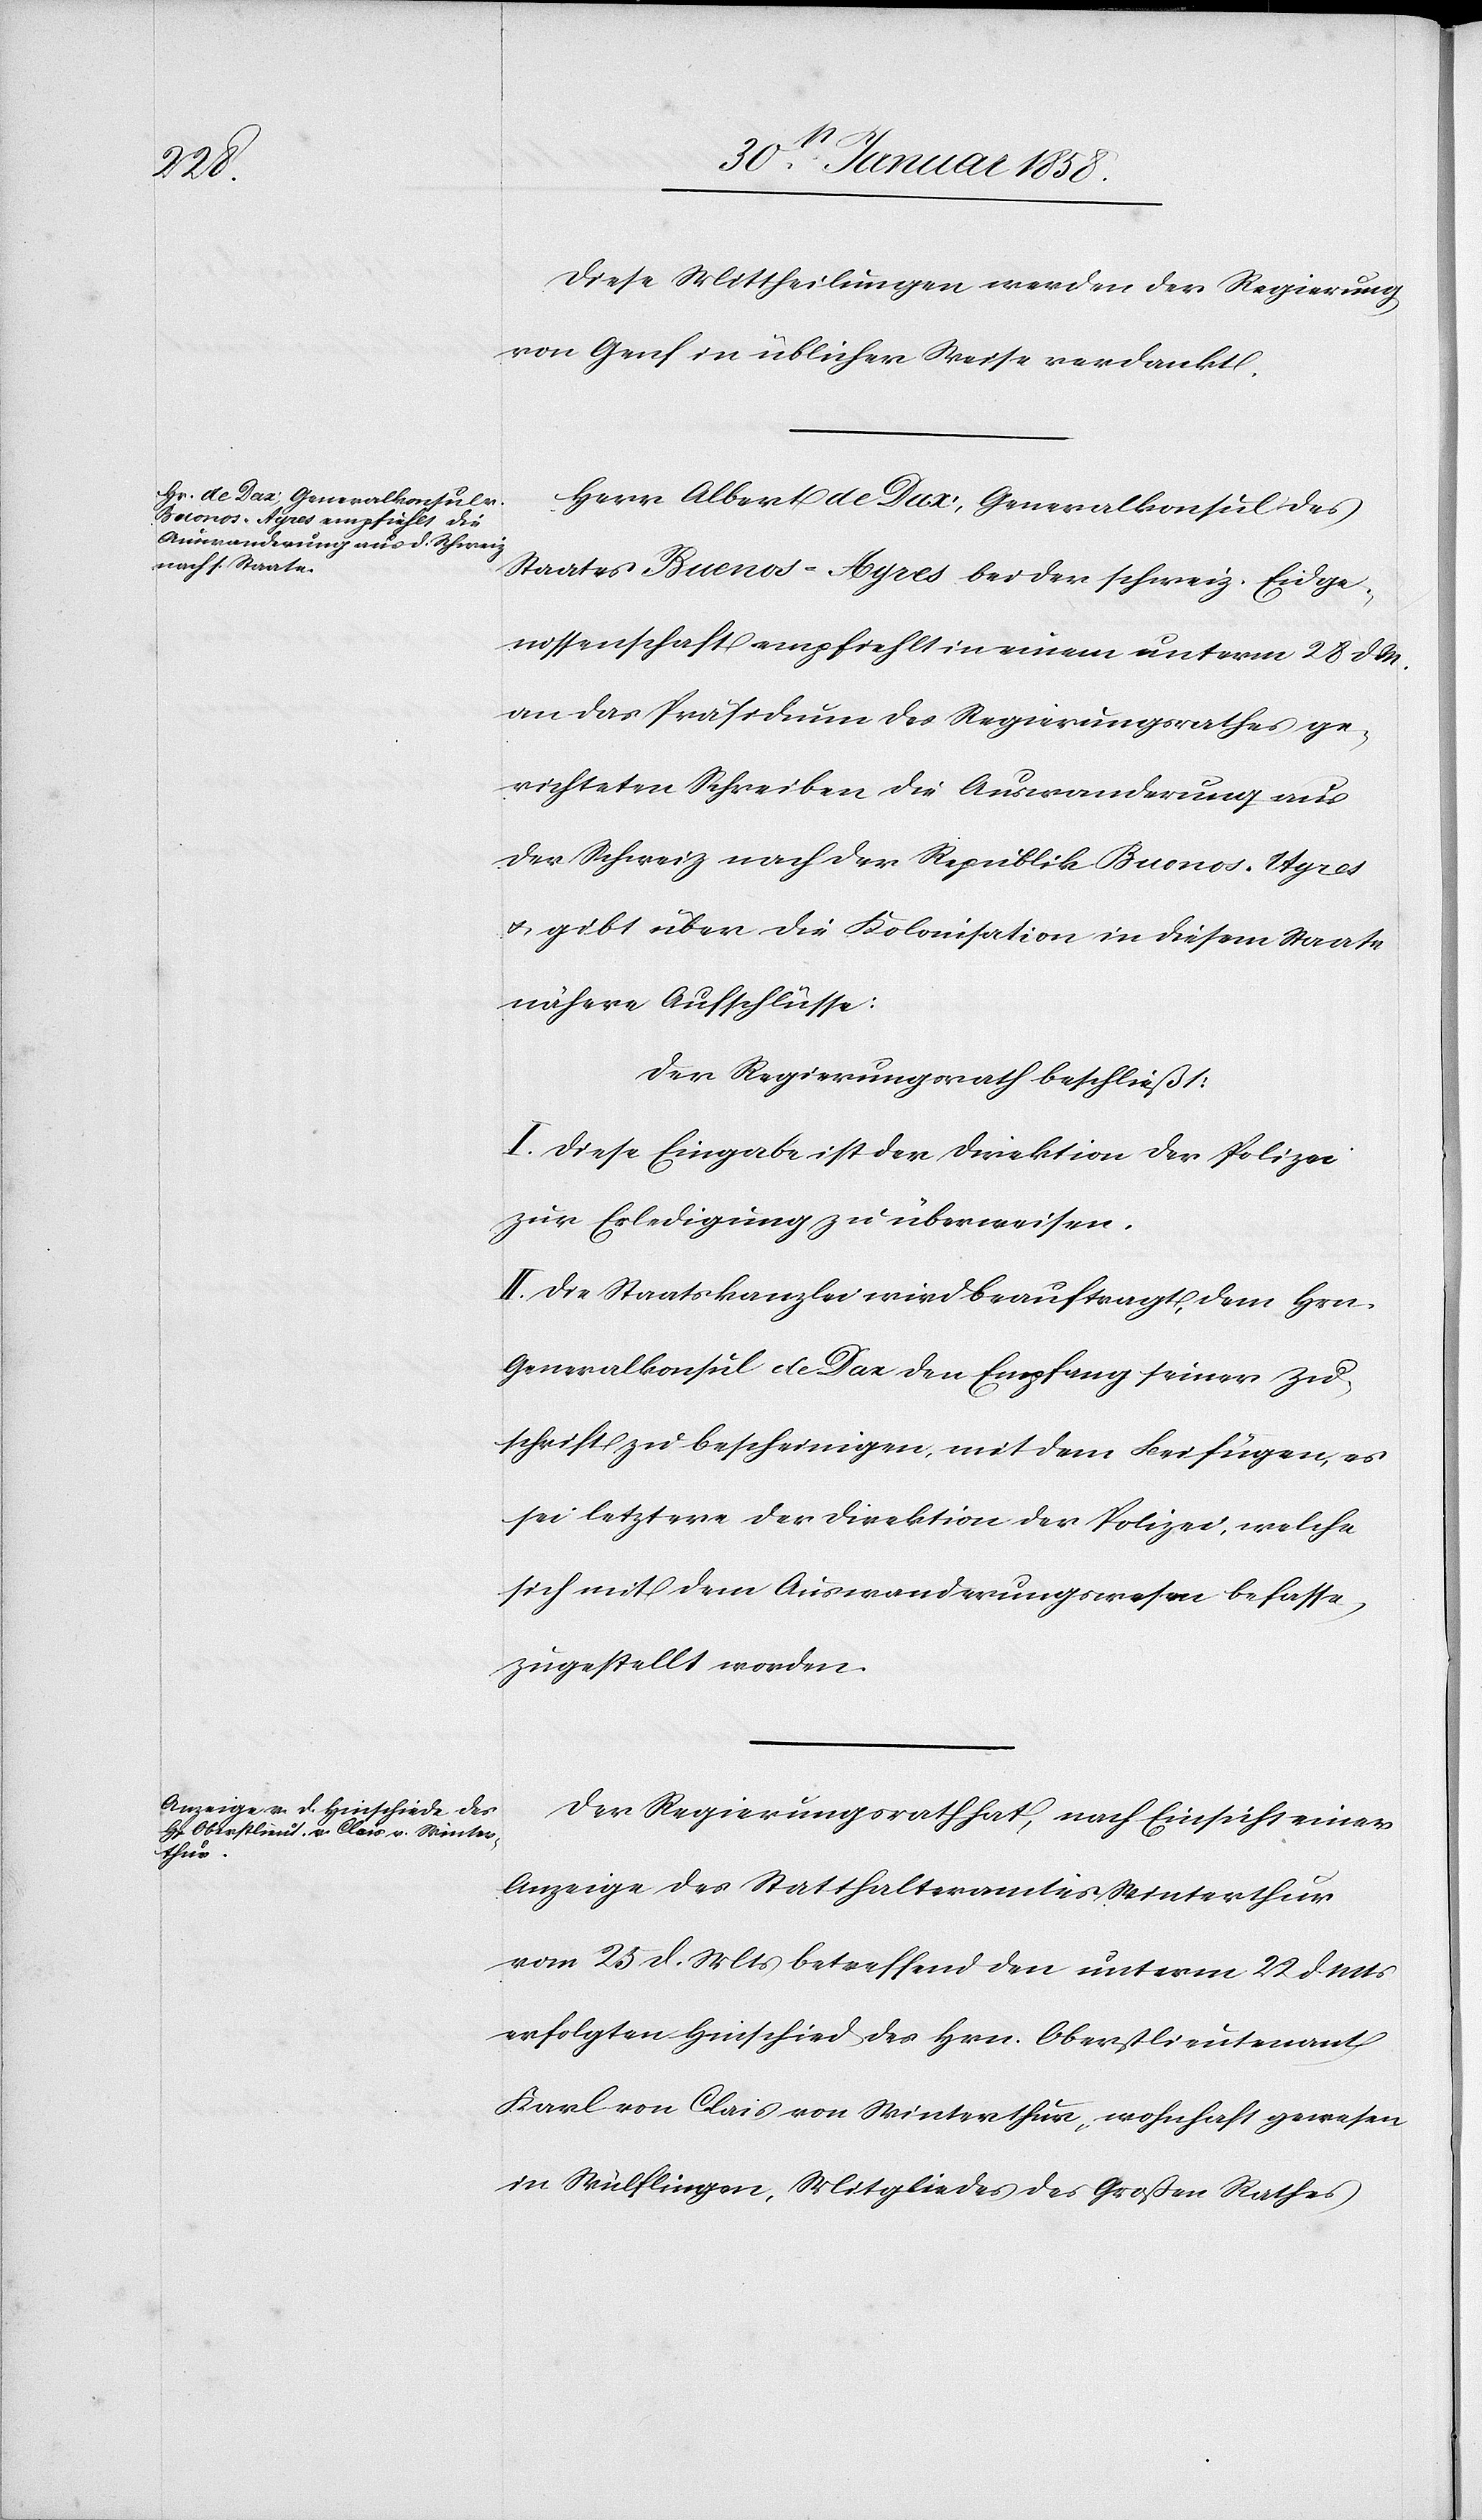
Diese Mittheilungen werden der Regierung
von Genf in üblicher Weise verdankt.
Herr Albert de Dax, Generalkonsul des
Staates Buenos-Ayres bei der schweiz. Eidge¬
nossenschaft empfiehlt in einem unterm 28 d. M.
an das Präsidium des Regierungsrathes ge¬
richteten Schreiben die Auswanderung aus
der Schweiz nach der Republik Buenos-Ayres
u. gibt über die Kolonisation in diesem Staate
nähere Aufschlüsse:
Der Regierungsrath beschließt:
I. Diese Eingabe ist der Direktion der Polizei
zur Erledigung zu überweisen.
II. Die Staatskanzlei wird beauftragt, dem Hrn.
Generalkonsul de Dax den Empfang seiner Zu¬
schrift zu bescheinigen, mit dem Beifügen, es
sei letztere der Direktion der Polizei, welche
sich mit dem Auswanderungswesen befasse,
zugestellt worden.
Der Regierungsrath hat, nach Einsicht einer
Anzeige des Statthalteramtes Winterthur
vom 25 d. Mts betreffend den unterm 22. d. Mts
erfolgten Hinschied des Hrn. Oberstlieutenant
Karl von Clais von Winterthur, wohnhaft gewesen
in Wülflingen, Mitgliedes des Großen Rathes